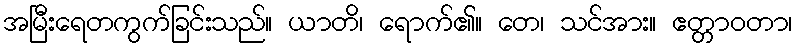
အမြီးရေတကွက်ခြင်းသည်။ ယာတိ၊ ရောက်၏။ တေ၊ သင်အား။ ဧတ္တာဝတာ၊